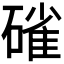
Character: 𮀿